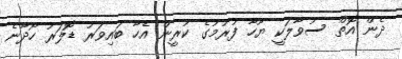
ދެން އޮތް ސުވާލަކީ ޔޫހާ ފުރުމުގެ ކުރީން އެހާ ބައިވަރު ޑޮލަރު ހޯދާނެ